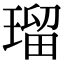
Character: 瑠